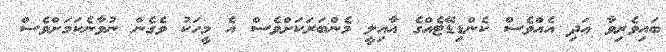
ބައިވެރިވާ އަދި އެއްވެސް ކެންޑިޑޭޓެއްގެ އާއިލީ މެންބަރަކަށްވެސް އެ މީހަކު ވެގެން ނުވާނެކަމަށްވެސް